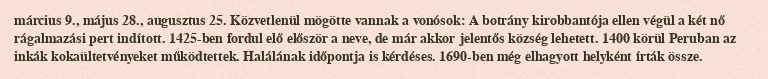
március 9., május 28., augusztus 25. Közvetlenül mögötte vannak a vonósok: A botrány kirobbantója ellen végül a két nő rágalmazási pert indított. 1425-ben fordul elő először a neve, de már akkor jelentős község lehetett. 1400 körül Peruban az inkák kokaültetvényeket működtettek. Halálának időpontja is kérdéses. 1690-ben még elhagyott helyként írták össze.